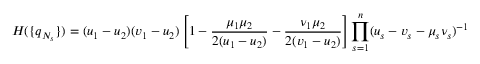
H ( \{ q _ { N _ { s } } \} ) = ( u _ { 1 } - u _ { 2 } ) ( v _ { 1 } - u _ { 2 } ) \left[ 1 - \frac { \mu _ { 1 } \mu _ { 2 } } { 2 ( u _ { 1 } - u _ { 2 } ) } - \frac { \nu _ { 1 } \mu _ { 2 } } { 2 ( v _ { 1 } - u _ { 2 } ) } \right] \prod _ { s = 1 } ^ { n } ( u _ { s } - v _ { s } - \mu _ { s } \nu _ { s } ) ^ { - 1 }